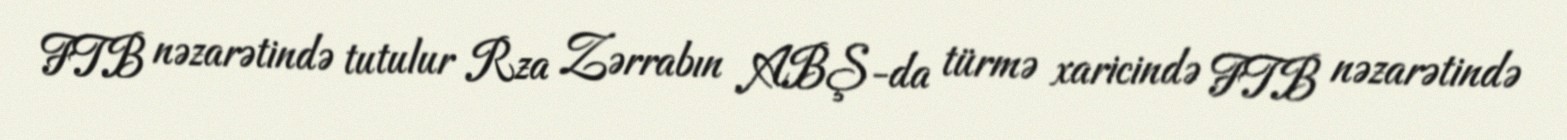
FTB nəzarətində tutulur Rza Zərrabın ABŞ-da türmə xaricində FTB nəzarətində